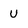
Character: U